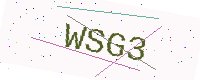
Text: WSG3